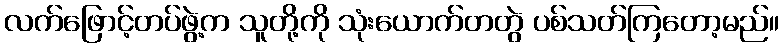
လက်ဖြောင့်တပ်ဖွဲ့က သူတို့ကို သုံးယောက်တတွဲ ပစ်သတ်ကြတော့မည်။